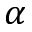
\alpha